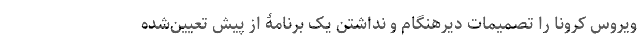
ویروس کرونا را تصمیمات دیرهنگام و نداشتن یک برنامۀ از پیش تعیین‌شده